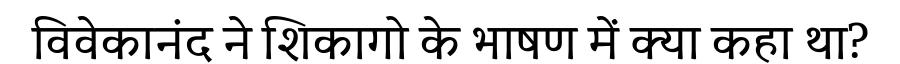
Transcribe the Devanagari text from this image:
विवेकानंद ने शिकागो के भाषण में क्या कहा था?